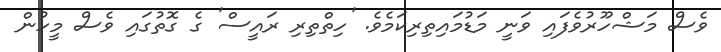
ވެސް މަޝްހޫރުވެފައި ވަނީ މަޑުމައިތިރިކަމެވެ. 'ހިތްތިރި ރައީސް' ގެ ގޮތުގައި ވެސް މީހުން